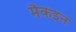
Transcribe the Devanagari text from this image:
मैकइन